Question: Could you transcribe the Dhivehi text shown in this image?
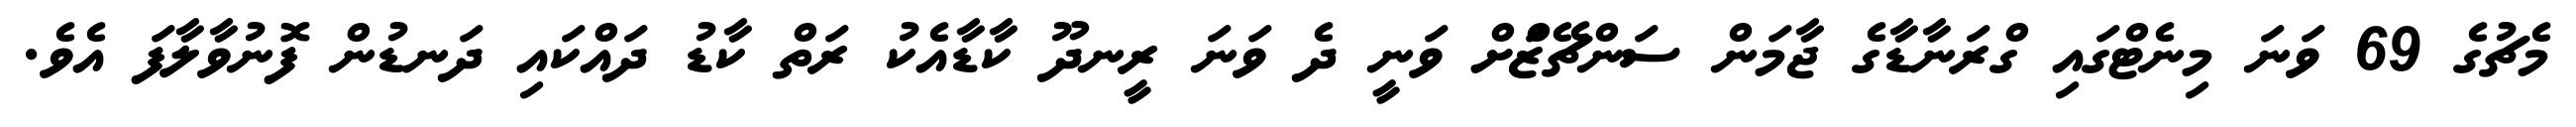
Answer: މެޗުގެ 69 ވަނަ މިނެޓްގައި ގްރަނާޑާގެ ޖާމަން ސަންޗޭޒްަށް ވަނީ ދެ ވަނަ ރީނދޫ ކާޑާއެކު ރަތް ކާޑު ދައްކައި ދަނޑުން ފޮނުވާލާފަ އެވެ.